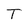
Character: T